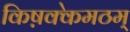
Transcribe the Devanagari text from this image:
किष़क्केमठम्